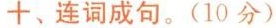
十、连词成句。(10 分)